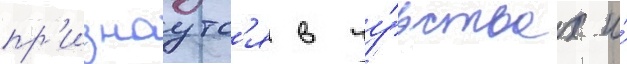
пр'изнаутс'я в чу́вствах и́